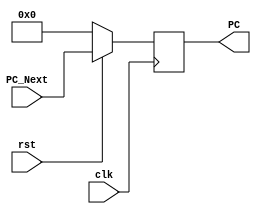
module PC_Module (clk,rst,PC,PC_Next);

    input [31:0] PC_Next;
    input clk,rst;

    output reg [31:0] PC;   // reg considered PC a register

    always @(posedge clk) 
    begin

    if (rst == 1'b0)
        begin
            PC <= 32'h00000000;
        end
    else
        begin
            PC <= PC_Next;  
        end

    end
    
endmodule